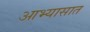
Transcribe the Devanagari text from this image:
आभ्यासात